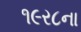
૧૯ર૮ના